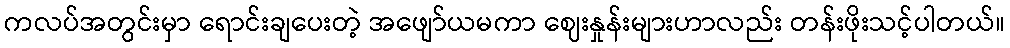
ကလပ်အတွင်းမှာ ရောင်းချပေးတဲ့ အဖျော်ယမကာ ဈေးနှုန်းများဟာလည်း တန်းဖိုးသင့်ပါတယ်။